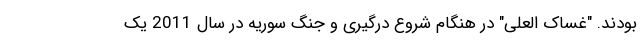
بودند. "غساک العلی" در هنگام شروع درگیری و جنگ سوریه در سال 2011 یک